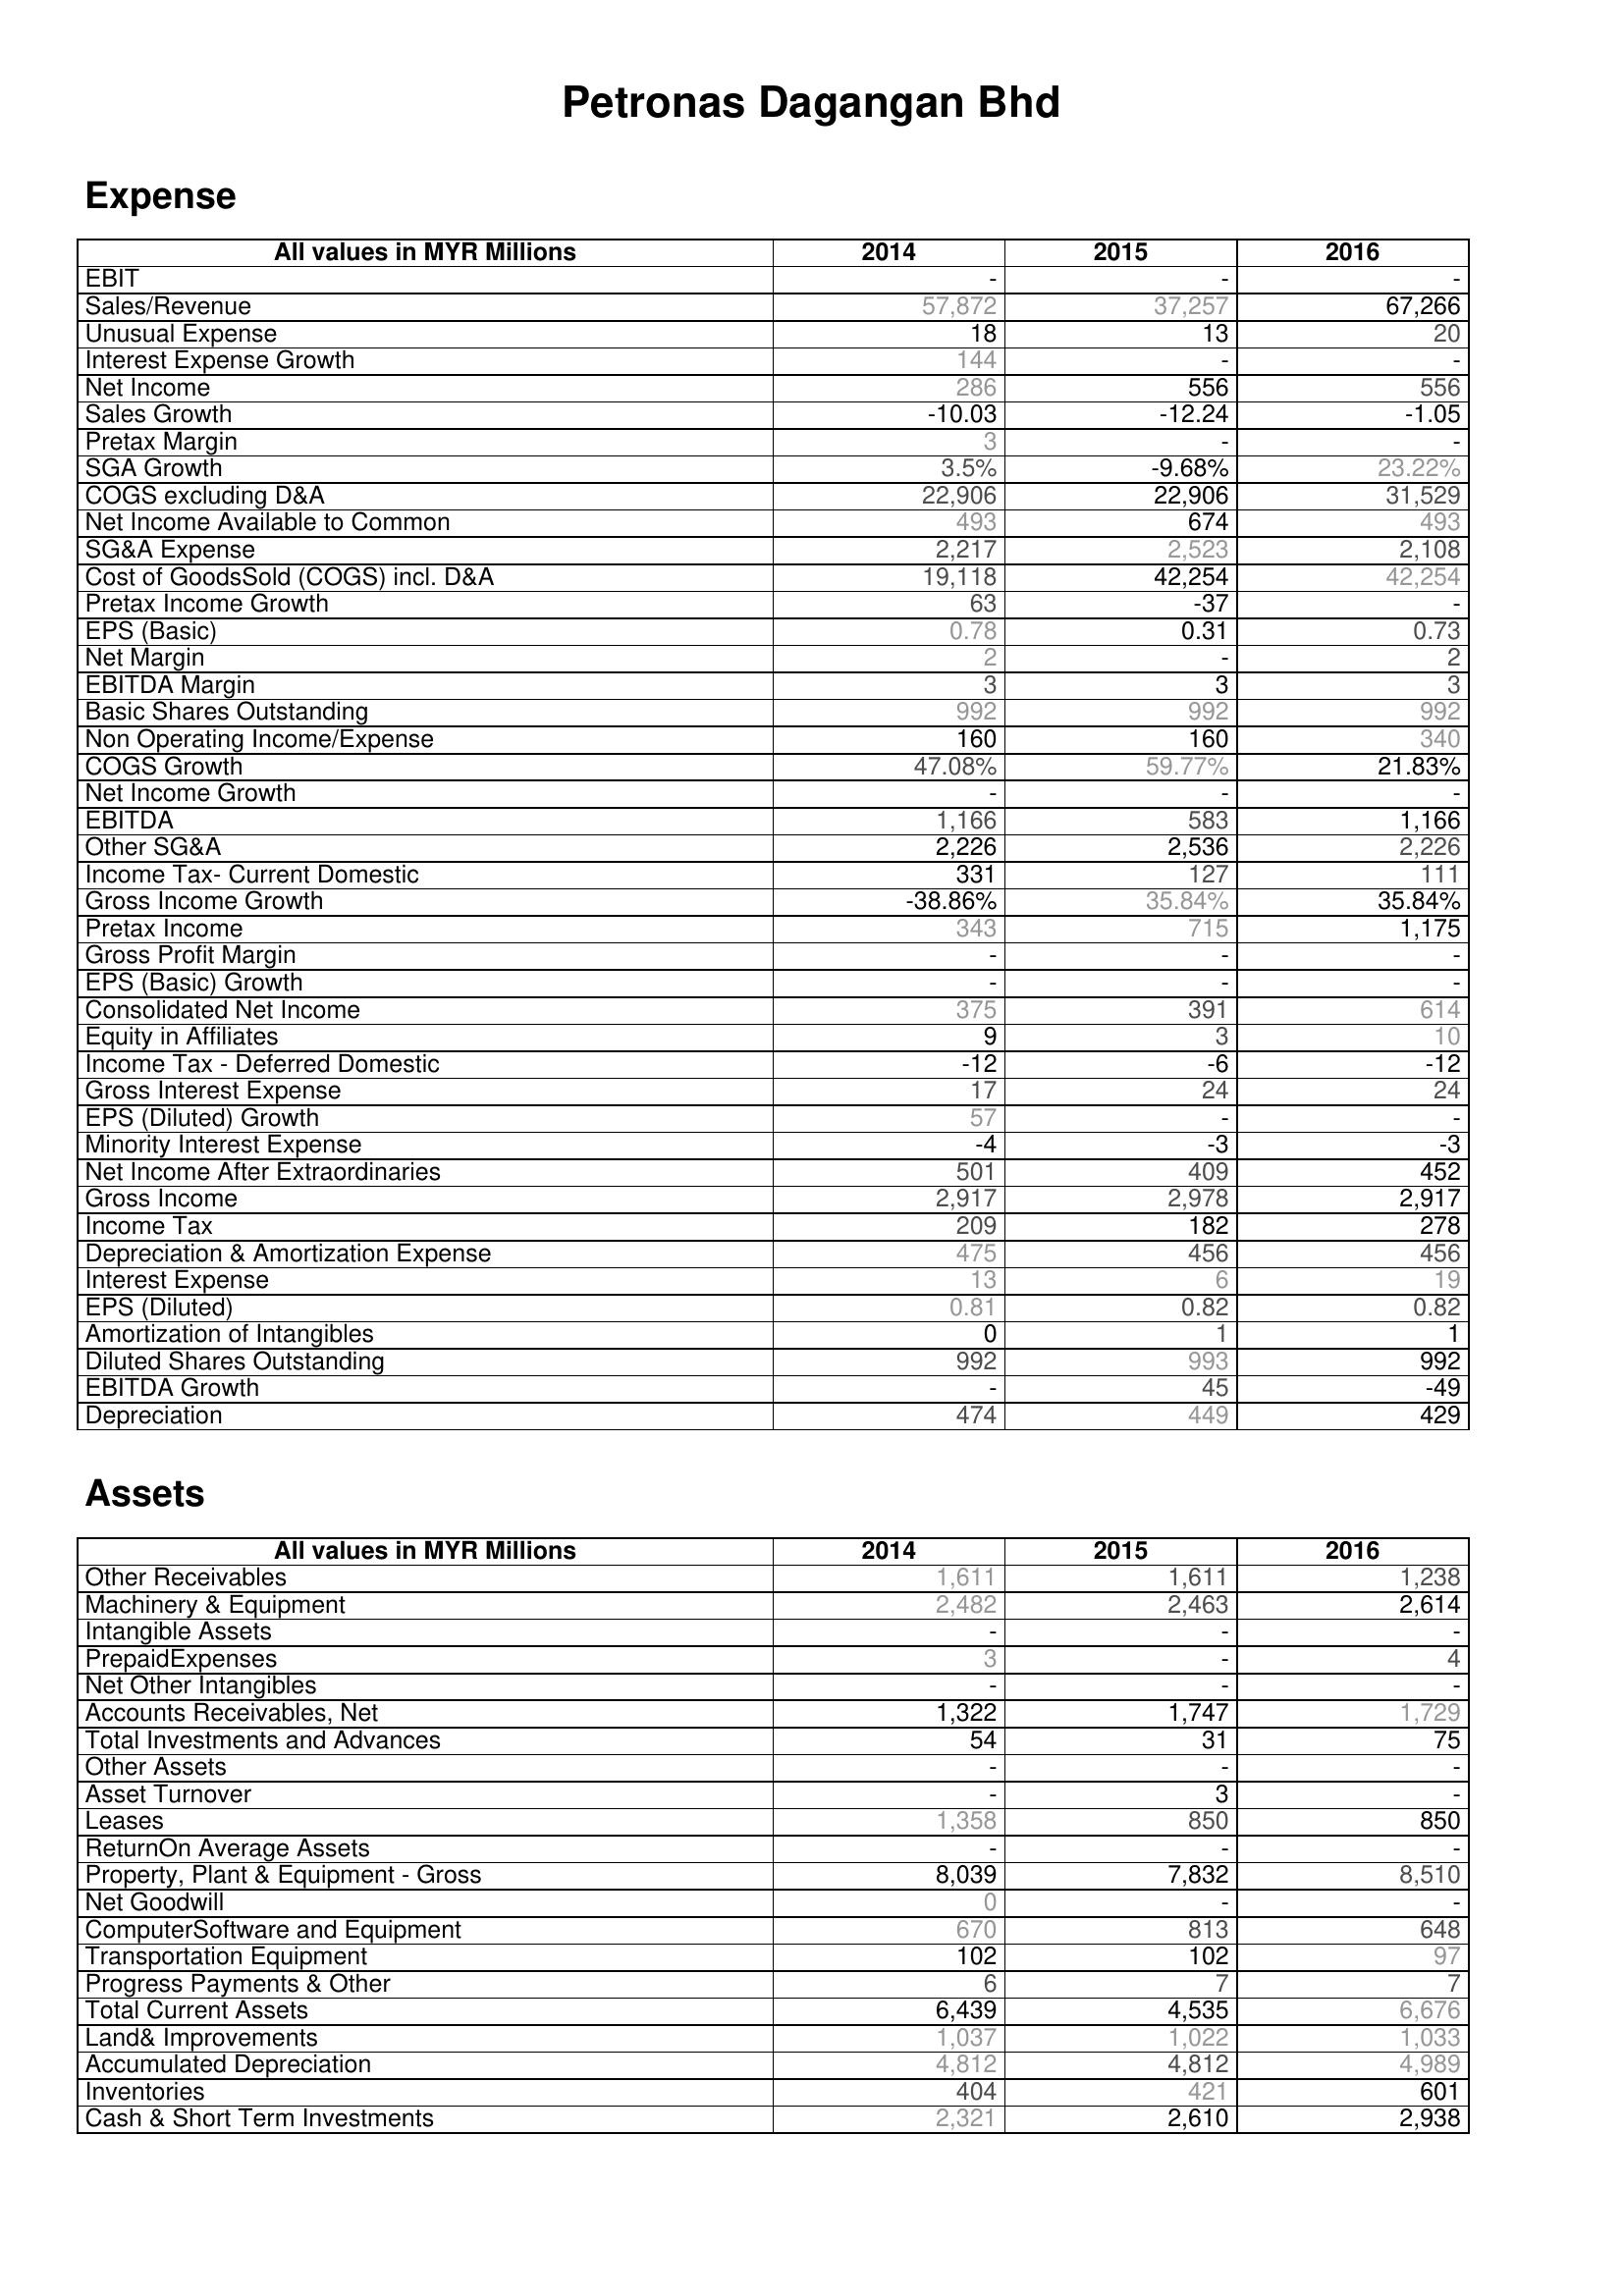
2014: Expense: EBIT: -
Sales/Revenue: 57,872
Unusual Expense: 18
Interest Expense Growth: 144
Net Income: 286
Sales Growth: -10.03
Pretax Margin: 3
SGA Growth: 3.5%
COGS excluding D&A: 22,906
Net Income Available to Common: 493
SG&A Expense: 2,217
Cost of GoodsSold (COGS) incl. D&A: 19,118
Pretax Income Growth: 63
EPS (Basic): 0.78
Net Margin: 2
EBITDA Margin: 3
Basic Shares Outstanding: 992
Non Operating Income/Expense: 160
COGS Growth: 47.08%
Net Income Growth: -
EBITDA: 1,166
Other SG&A: 2,226
Income Tax- Current Domestic: 331
Gross Income Growth: -38.86%
Pretax Income: 343
Gross Profit Margin: -
EPS (Basic) Growth: -
Consolidated Net Income: 375
Equity in Affiliates: 9
Income Tax - Deferred Domestic: -12
Gross Interest Expense: 17
EPS (Diluted) Growth: 57
Minority Interest Expense: -4
Net Income After Extraordinaries: 501
Gross Income: 2,917
Income Tax: 209
Depreciation & Amortization Expense: 475
Interest Expense: 13
EPS (Diluted): 0.81
Amortization of Intangibles: 0
Diluted Shares Outstanding: 992
EBITDA Growth: -
Depreciation: 474
Assets: Other Receivables: 1,611
Machinery & Equipment: 2,482
Intangible Assets: -
PrepaidExpenses: 3
Net Other Intangibles: -
Accounts Receivables, Net: 1,322
Total Investments and Advances: 54
Other Assets: -
Asset Turnover: -
Leases: 1,358
ReturnOn Average Assets: -
Property, Plant & Equipment - Gross : 8,039
Net Goodwill: 0
ComputerSoftware and Equipment: 670
Transportation Equipment: 102
Progress Payments & Other: 6
Total Current Assets: 6,439
Land& Improvements: 1,037
Accumulated Depreciation: 4,812
Inventories: 404
Cash & Short Term Investments: 2,321
2015: Expense: EBIT: -
Sales/Revenue: 37,257
Unusual Expense: 13
Interest Expense Growth: -
Net Income: 556
Sales Growth: -12.24
Pretax Margin: -
SGA Growth: -9.68%
COGS excluding D&A: 22,906
Net Income Available to Common: 674
SG&A Expense: 2,523
Cost of GoodsSold (COGS) incl. D&A: 42,254
Pretax Income Growth: -37
EPS (Basic): 0.31
Net Margin: -
EBITDA Margin: 3
Basic Shares Outstanding: 992
Non Operating Income/Expense: 160
COGS Growth: 59.77%
Net Income Growth: -
EBITDA: 583
Other SG&A: 2,536
Income Tax- Current Domestic: 127
Gross Income Growth: 35.84%
Pretax Income: 715
Gross Profit Margin: -
EPS (Basic) Growth: -
Consolidated Net Income: 391
Equity in Affiliates: 3
Income Tax - Deferred Domestic: -6
Gross Interest Expense: 24
EPS (Diluted) Growth: -
Minority Interest Expense: -3
Net Income After Extraordinaries: 409
Gross Income: 2,978
Income Tax: 182
Depreciation & Amortization Expense: 456
Interest Expense: 6
EPS (Diluted): 0.82
Amortization of Intangibles: 1
Diluted Shares Outstanding: 993
EBITDA Growth: 45
Depreciation: 449
Assets: Other Receivables: 1,611
Machinery & Equipment: 2,463
Intangible Assets: -
PrepaidExpenses: -
Net Other Intangibles: -
Accounts Receivables, Net: 1,747
Total Investments and Advances: 31
Other Assets: -
Asset Turnover: 3
Leases: 850
ReturnOn Average Assets: -
Property, Plant & Equipment - Gross : 7,832
Net Goodwill: -
ComputerSoftware and Equipment: 813
Transportation Equipment: 102
Progress Payments & Other: 7
Total Current Assets: 4,535
Land& Improvements: 1,022
Accumulated Depreciation: 4,812
Inventories: 421
Cash & Short Term Investments: 2,610
2016: Expense: EBIT: -
Sales/Revenue: 67,266
Unusual Expense: 20
Interest Expense Growth: -
Net Income: 556
Sales Growth: -1.05
Pretax Margin: -
SGA Growth: 23.22%
COGS excluding D&A: 31,529
Net Income Available to Common: 493
SG&A Expense: 2,108
Cost of GoodsSold (COGS) incl. D&A: 42,254
Pretax Income Growth: -
EPS (Basic): 0.73
Net Margin: 2
EBITDA Margin: 3
Basic Shares Outstanding: 992
Non Operating Income/Expense: 340
COGS Growth: 21.83%
Net Income Growth: -
EBITDA: 1,166
Other SG&A: 2,226
Income Tax- Current Domestic: 111
Gross Income Growth: 35.84%
Pretax Income: 1,175
Gross Profit Margin: -
EPS (Basic) Growth: -
Consolidated Net Income: 614
Equity in Affiliates: 10
Income Tax - Deferred Domestic: -12
Gross Interest Expense: 24
EPS (Diluted) Growth: -
Minority Interest Expense: -3
Net Income After Extraordinaries: 452
Gross Income: 2,917
Income Tax: 278
Depreciation & Amortization Expense: 456
Interest Expense: 19
EPS (Diluted): 0.82
Amortization of Intangibles: 1
Diluted Shares Outstanding: 992
EBITDA Growth: -49
Depreciation: 429
Assets: Other Receivables: 1,238
Machinery & Equipment: 2,614
Intangible Assets: -
PrepaidExpenses: 4
Net Other Intangibles: -
Accounts Receivables, Net: 1,729
Total Investments and Advances: 75
Other Assets: -
Asset Turnover: -
Leases: 850
ReturnOn Average Assets: -
Property, Plant & Equipment - Gross : 8,510
Net Goodwill: -
ComputerSoftware and Equipment: 648
Transportation Equipment: 97
Progress Payments & Other: 7
Total Current Assets: 6,676
Land& Improvements: 1,033
Accumulated Depreciation: 4,989
Inventories: 601
Cash & Short Term Investments: 2,938